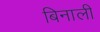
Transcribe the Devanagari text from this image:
बिनाली